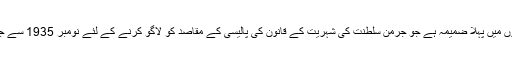
یہ اصل قانون سازی کے 13 ضمیموں میں پہلا ضمیمہ ہے جو جرمن سلطنت کی شہریت کے قانون کی پالیسی کے مقاصد کو لاگو کرنے کے لئے نومبر 1935 سے جولائی 1943 تک جاری کئے گئے۔